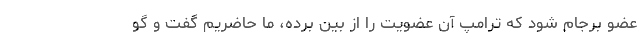
عضو برجام شود که ترامپ آن عضویت را از بین برده، ما حاضریم گفت و گو